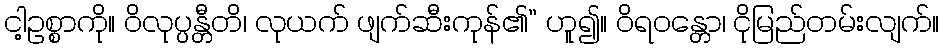
ငါ့ဥစ္စာကို။ ဝိလုပ္ပန္တီတိ၊ လုယက် ဖျက်ဆီးကုန်၏” ဟူ၍။ ဝိရဝန္တော၊ ငိုမြည်တမ်းလျက်။